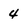
Character: 4